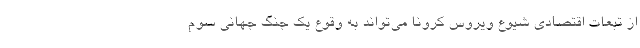
از تبعات اقتصادی شیوع ویروس کرونا می‌تواند به وقوع یک جنگ جهانی سوم